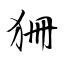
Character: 狦